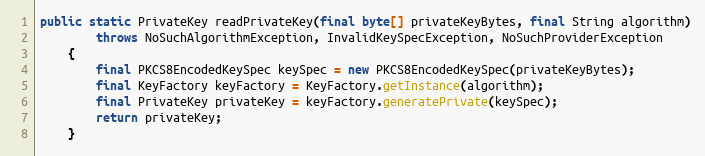
Language: Java
public static PrivateKey readPrivateKey(final byte[] privateKeyBytes, final String algorithm)
		throws NoSuchAlgorithmException, InvalidKeySpecException, NoSuchProviderException
	{
		final PKCS8EncodedKeySpec keySpec = new PKCS8EncodedKeySpec(privateKeyBytes);
		final KeyFactory keyFactory = KeyFactory.getInstance(algorithm);
		final PrivateKey privateKey = keyFactory.generatePrivate(keySpec);
		return privateKey;
	}